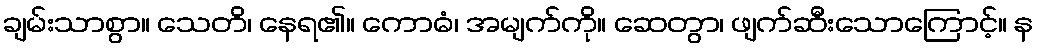
ချမ်းသာစွာ။ သေတိ၊ နေရ၏။ ကောဓံ၊ အမျက်ကို။ ဆေတွာ၊ ဖျက်ဆီးသောကြောင့်။ န